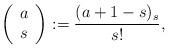
LaTeX: \begin{align*}\left(\begin{array}{c} a\\ s\end{array}\right):=\frac{(a+1-s)_s}{s!},\end{align*}